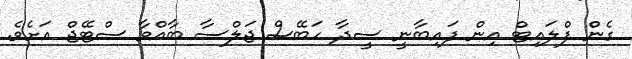
ގެން ފްލައިޓް އިން ފައިބާނީ ސީދާ ހަބޭސް ޖަލްސާ ބާއްވާ ސްޓޭޖް އަށެވެ.